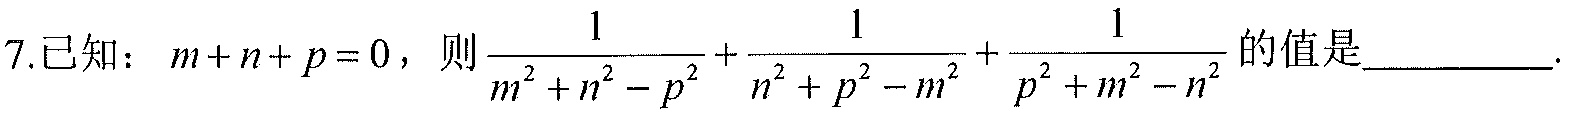
7.已知：\(m + n + p = 0\)，则\(\frac{1}{m^{2}+n^{2}-p^{2}}+\frac{1}{n^{2}+p^{2}-m^{2}}+\frac{1}{p^{2}+m^{2}-n^{2}}\)的值是__________.